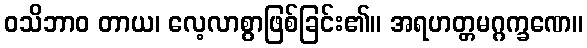
ဝသိဘာဝ တာယ၊ လေ့လာစွာဖြစ်ခြင်း၏။ အရဟတ္တမဂ္ဂက္ခဏေ။